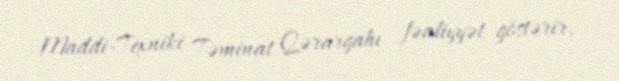
Maddi-Texniki Təminat Qərargahı fəaliyyət göstərir.